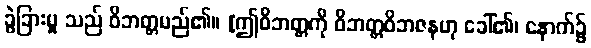
ခွဲခြားမှု သည် ဝိဘတ္တမည်၏။ [ဤဝိဘတ္တကို ဝိဘတ္တဝိဘဇနဟု ခေါ်၏၊ နောက်၌